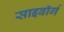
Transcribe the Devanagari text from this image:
साइबाॅर्ग